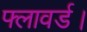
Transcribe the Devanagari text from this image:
फ्लावर्ड।